Leaving Certificate Examination, 1919
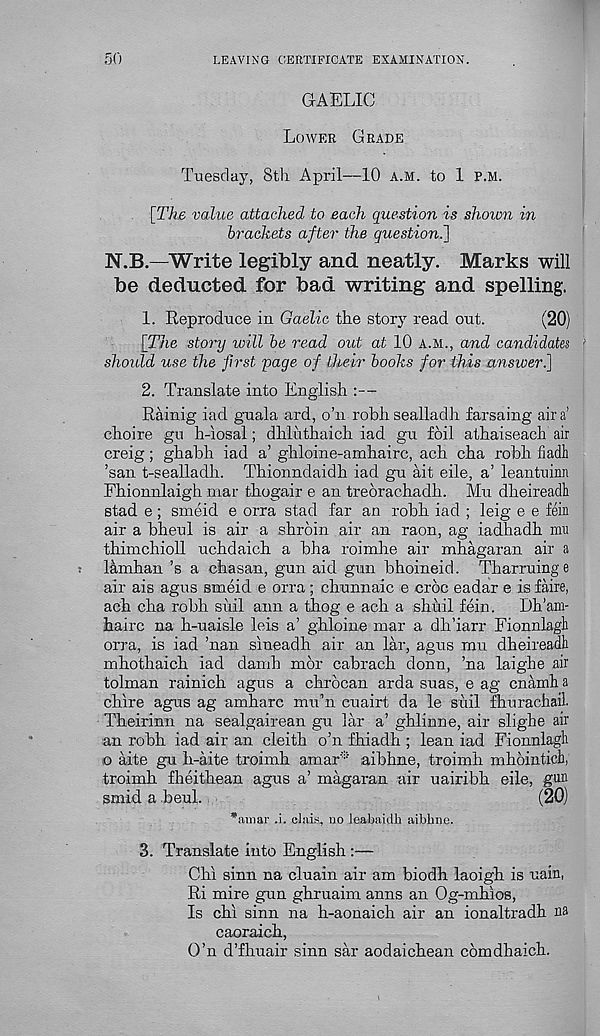
50
LEAVING CERTIFICATE EXAMINATION.
GAELIC
Lower Grade
Tuesday, 8tli April—10 a.m. to 1 P.M.
[The value attached to each question is shown in
brackets after the question^]
N.B—Write legibly and neatly. Marks will
be deducted for bad writing and spelling.
1. Reproduce in Gaelic the story read out.
(20)
[The story will be read out at 10 a.m., and candidates
should use the first page of their books for this answer.]
2. Translate into English :—
Rainig iad guala ard, o’n robh sealladh farsaing air a’
choire gu h-iosal; dhluthaich iad gu foil athaiseach air
creig; ghabh iad a’ ghloine-amhairc, ach cha robh fiadh
’san t-sealladh. Thionndaidh iad gu ait eile, a’ leantuinn
Fhionnlaigh mar thogair e an trebrachadh. Mu dheireadh
stad e ; smeid e orra stad far an robh iad ; leig e e fein
air a bheul is air a shrbin air an raon, ag iadhadh mu
thimchioll uchdaich a bha roimhe air mhagaran air a
lamhan’s a chasan, gun aid gun bhoineid. Tharruinge
air ais agus smeid e orra; chunnaic e croc eadar e is faire,
ach cha robh suil ann a thog e ach a shuil fein.
Dh’am-
hairc na h-uaisle leis a’ ghloine mar a dh’iarr Fionnlagli
orra, is iad ’nan sineadh air an lar, agus mu dheireadh
mhothaich iad damh mbr cabrach donn, ’na laighe air
tolman rainich agus a chrbcan arda suas, e ag cnamh a
chire agus ag amharc mu’n cuairt da le suil fhurachail.
Theirinn na sealgairean gu lar a’ ghlinne, air slighe air
an robh iad air an cleith o’n fhiadh ; lean iad Fionnlagh
o aite gu h-aite troimh amar* aibhne, troimh mhbintieh,
troimh fheithean agus a’ magaran air uairibh eile, gun
smid a beul.
(20)
*avnar .i. elaiii, no leabaidb aiblinc.
3. Translate into English :—
Chi sinn na cluain air am biodh laoigh is uain,
Ri mire gun ghruaim anns an Og-mhios,
Is chi sinn na h-aonaich air an ionaltradh na
caoraich,
O’n d’fhuair sinn sar aodaichean comdhaich.